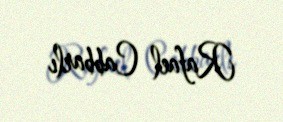
Rafael Cabbarlı